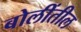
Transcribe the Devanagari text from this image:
बोलींतील